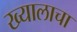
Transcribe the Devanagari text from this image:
ख्यालाचा